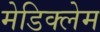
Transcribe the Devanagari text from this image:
मेडिक्लेम